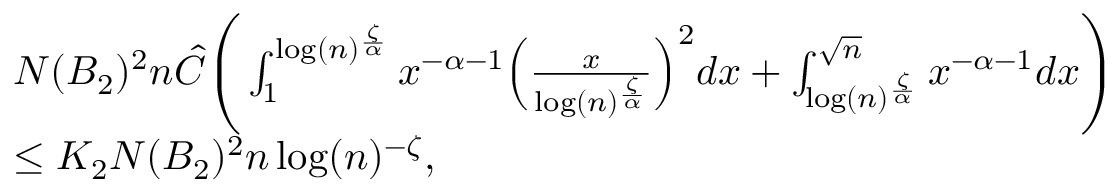
\begin{array} { r l } & { N ( B _ { 2 } ) ^ { 2 } n \hat { C } \Bigg ( \int _ { 1 } ^ { \log ( n ) ^ { \frac { \zeta } { \alpha } } } x ^ { - \alpha - 1 } \Big ( \frac { x } { \log ( n ) ^ { \frac { \zeta } { \alpha } } } \Big ) ^ { 2 } d x + \int _ { \log ( n ) ^ { \frac { \zeta } { \alpha } } } ^ { \sqrt { n } } x ^ { - \alpha - 1 } d x \Bigg ) } \\ & { \leq K _ { 2 } N ( B _ { 2 } ) ^ { 2 } n \log ( n ) ^ { - \zeta } , } \end{array}